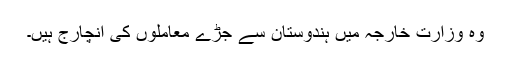
وہ وزارت خارجہ میں ہندوستان سے جڑے معاملوں کی انچارج ہیں۔